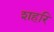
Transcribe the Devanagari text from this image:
शहरि